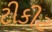
ટીકીટ